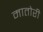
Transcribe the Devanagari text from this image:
मातोरी